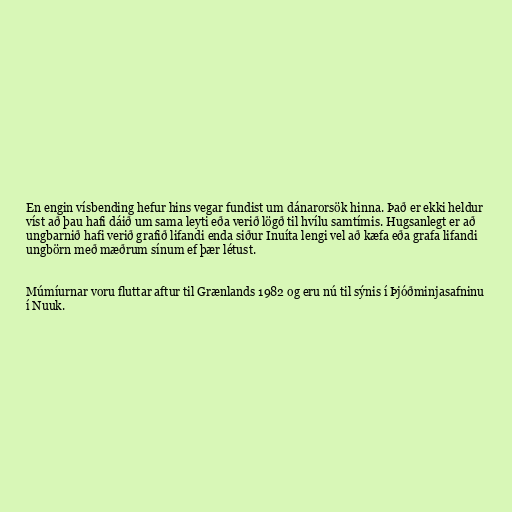
En engin vísbending hefur hins vegar fundist um dánarorsök hinna. Það er ekki heldur
víst að þau hafi dáið um sama leyti eða verið lögð til hvílu samtímis. Hugsanlegt er að
ungbarnið hafi verið grafið lifandi enda siður Inuíta lengi vel að kæfa eða grafa lifandi
ungbörn með mæðrum sínum ef þær létust.

Múmíurnar voru fluttar aftur til Grænlands 1982 og eru nú til sýnis í Þjóðminjasafninu
í Nuuk.